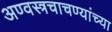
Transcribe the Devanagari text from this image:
अण्वस्त्रचाचण्यांच्या